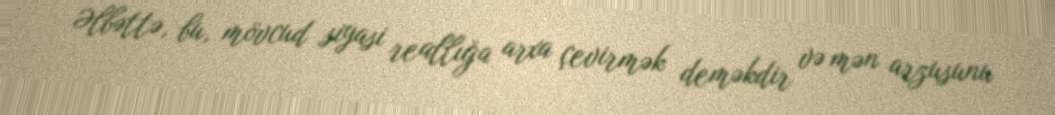
Əlbəttə, bu, mövcud siyasi reallığa arxa çevirmək deməkdir və mən arzusunu